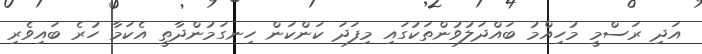
އަދި ރަސްމީ މުހިއްމު ބައްދަލުވުންތަކުގައި މިފަދަ ކަންކަން ހިނގަމުންދާތީ އެކަމާ ހުރެ ބައިވެރި